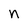
Character: n